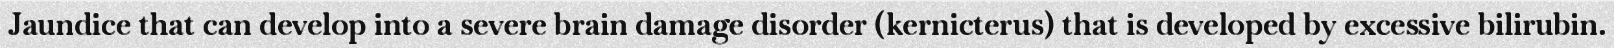
Jaundice that can develop into a severe brain damage disorder (kernicterus) that is developed by excessive bilirubin.